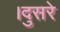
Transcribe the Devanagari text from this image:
।दुसरे